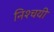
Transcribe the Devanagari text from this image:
निश्‍चयी